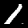
Label: 1